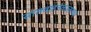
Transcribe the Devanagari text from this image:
सातवाहनकालाच्या